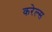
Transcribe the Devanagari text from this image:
करेल्स